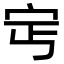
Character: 𡧎